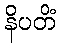
နိပတိံ